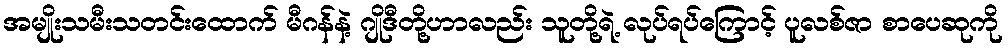
အမျိုးသမီးသတင်းထောက် မီဂန်နဲ့ ဂျိုဒီတို့ဟာလည်း သူတို့ရဲ့ လုပ်ရပ်ကြောင့် ပူလစ်ဇာ စာပေဆုကို